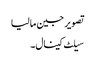
تصویر جین مالیا
سیلٹ کینال۔